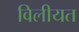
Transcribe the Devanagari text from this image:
विलीयत